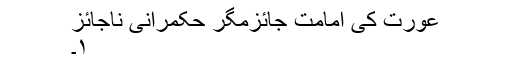
عورت کی امامت جائزمگر حکمرانی ناجائز
۱۔